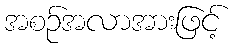
အစဉ်အလာအားဖြင့်